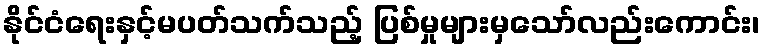
နိုင်ငံရေးနှင့်မပတ်သက်သည့် ပြစ်မှုများမှသော်လည်းကောင်း၊